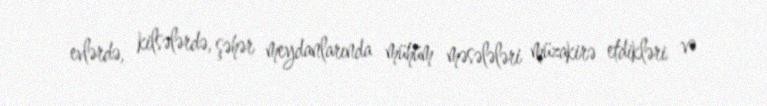
evlərdə, kilsələrdə, şəhər meydanlarında mühüm məsələləri müzakirə etdikləri və